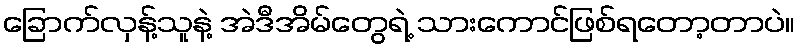
ခြောက်လှန့်သူနဲ့ အဲဒီအိမ်တွေရဲ့ သားကောင်ဖြစ်ရတော့တာပဲ။